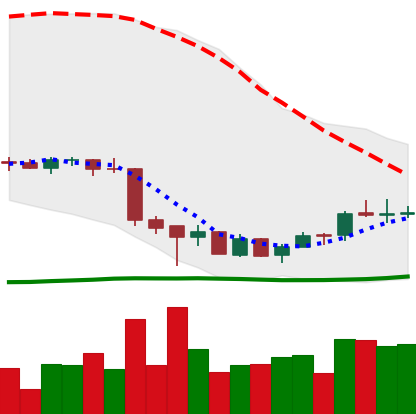
Ticker: EOS-USD
Chart end date: 2018-07-05
Forward return: -19.265%
Label: down_7plus